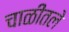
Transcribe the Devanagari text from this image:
चाळीतले